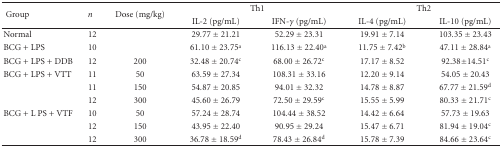
| <ROWSPAN=2> Group | <ROWSPAN=2> n | <ROWSPAN=2> Dose (mg/kg) | <COLSPAN=2> Th1 | <COLSPAN=2> Th2 |
 | IL-2 (pg/mL) | IFN-γ (pg/mL) | IL-4 (pg/mL) | IL-10 (pg/mL) |
 | --- | --- | --- | --- | --- | --- | --- |
 | Normal | 12 |  | 29.77 ± 21.21 | 52.29 ± 23.31 | 19.91 ± 7.14 | 103.35 ± 23.43 |
 | BCG + LPS | 10 |  | 61.10 ± 23.75a | 116.13 ± 22.40a | 11.75 ± 7.42b | 47.11 ± 28.84a |
 | BCG + LPS + DDB | 12 | 200 | 32.48 ± 20.74c | 68.00 ± 26.72c | 17.17 ± 8.52 | 92.38±14.51c |
 | BCG + LPS + VTT | 11 | 50 | 63.59 ± 27.34 | 108.31 ± 33.16 | 12.20 ± 9.14 | 54.05 ± 20.43 |
 |  | 11 | 150 | 54.87 ± 20.85 | 94.01 ± 32.32 | 14.78 ± 8.87 | 67.77 ± 21.59d |
 |  | 12 | 300 | 45.60 ± 26.79 | 72.50 ± 29.59c | 15.55 ± 5.99 | 80.33 ± 21.71c |
 | BCG + L PS + VTF | 10 | 50 | 57.24 ± 28.74 | 104.44 ± 38.52 | 14.42 ± 6.64 | 57.73 ± 19.63 |
 |  | 12 | 150 | 43.95 ± 22.40 | 90.95 ± 29.24 | 15.47 ± 6.71 | 81.94 ± 19.04c |
 |  | 12 | 300 | 36.78 ± 18.59d | 78.43 ± 26.84d | 15.78 ± 7.39 | 84.66 ± 23.64c |